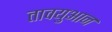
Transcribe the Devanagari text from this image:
तावयुआन